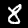
Digit: 8